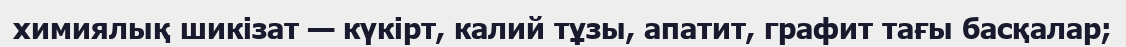
химиялық шикізат — күкірт, калий тұзы, апатит, графит тағы басқалар;